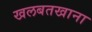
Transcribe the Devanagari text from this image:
खलबतखाना